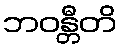
ဘဝန္တီတိ